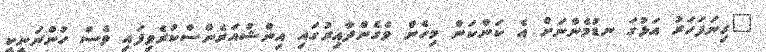
"ގިނަފަހަރު އަޅުގަ ނޑުމެންނަށް އެ ކަންކަން މިހެން ވެގެންދާއިރުގައި އިންޝުއަރެންސްކުރެވިފައި ވެސް ހުންނަނީކީ